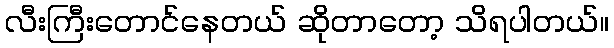
လီးကြီးတောင်နေတယ် ဆိုတာတော့ သိရပါတယ်။